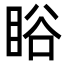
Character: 䀰